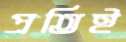
প্রতিই